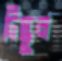
টিস্কুল